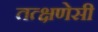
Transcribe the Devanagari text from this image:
तत्क्षणेसी